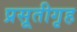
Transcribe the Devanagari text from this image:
प्रसूतीगृह